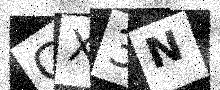
Text: CX3N